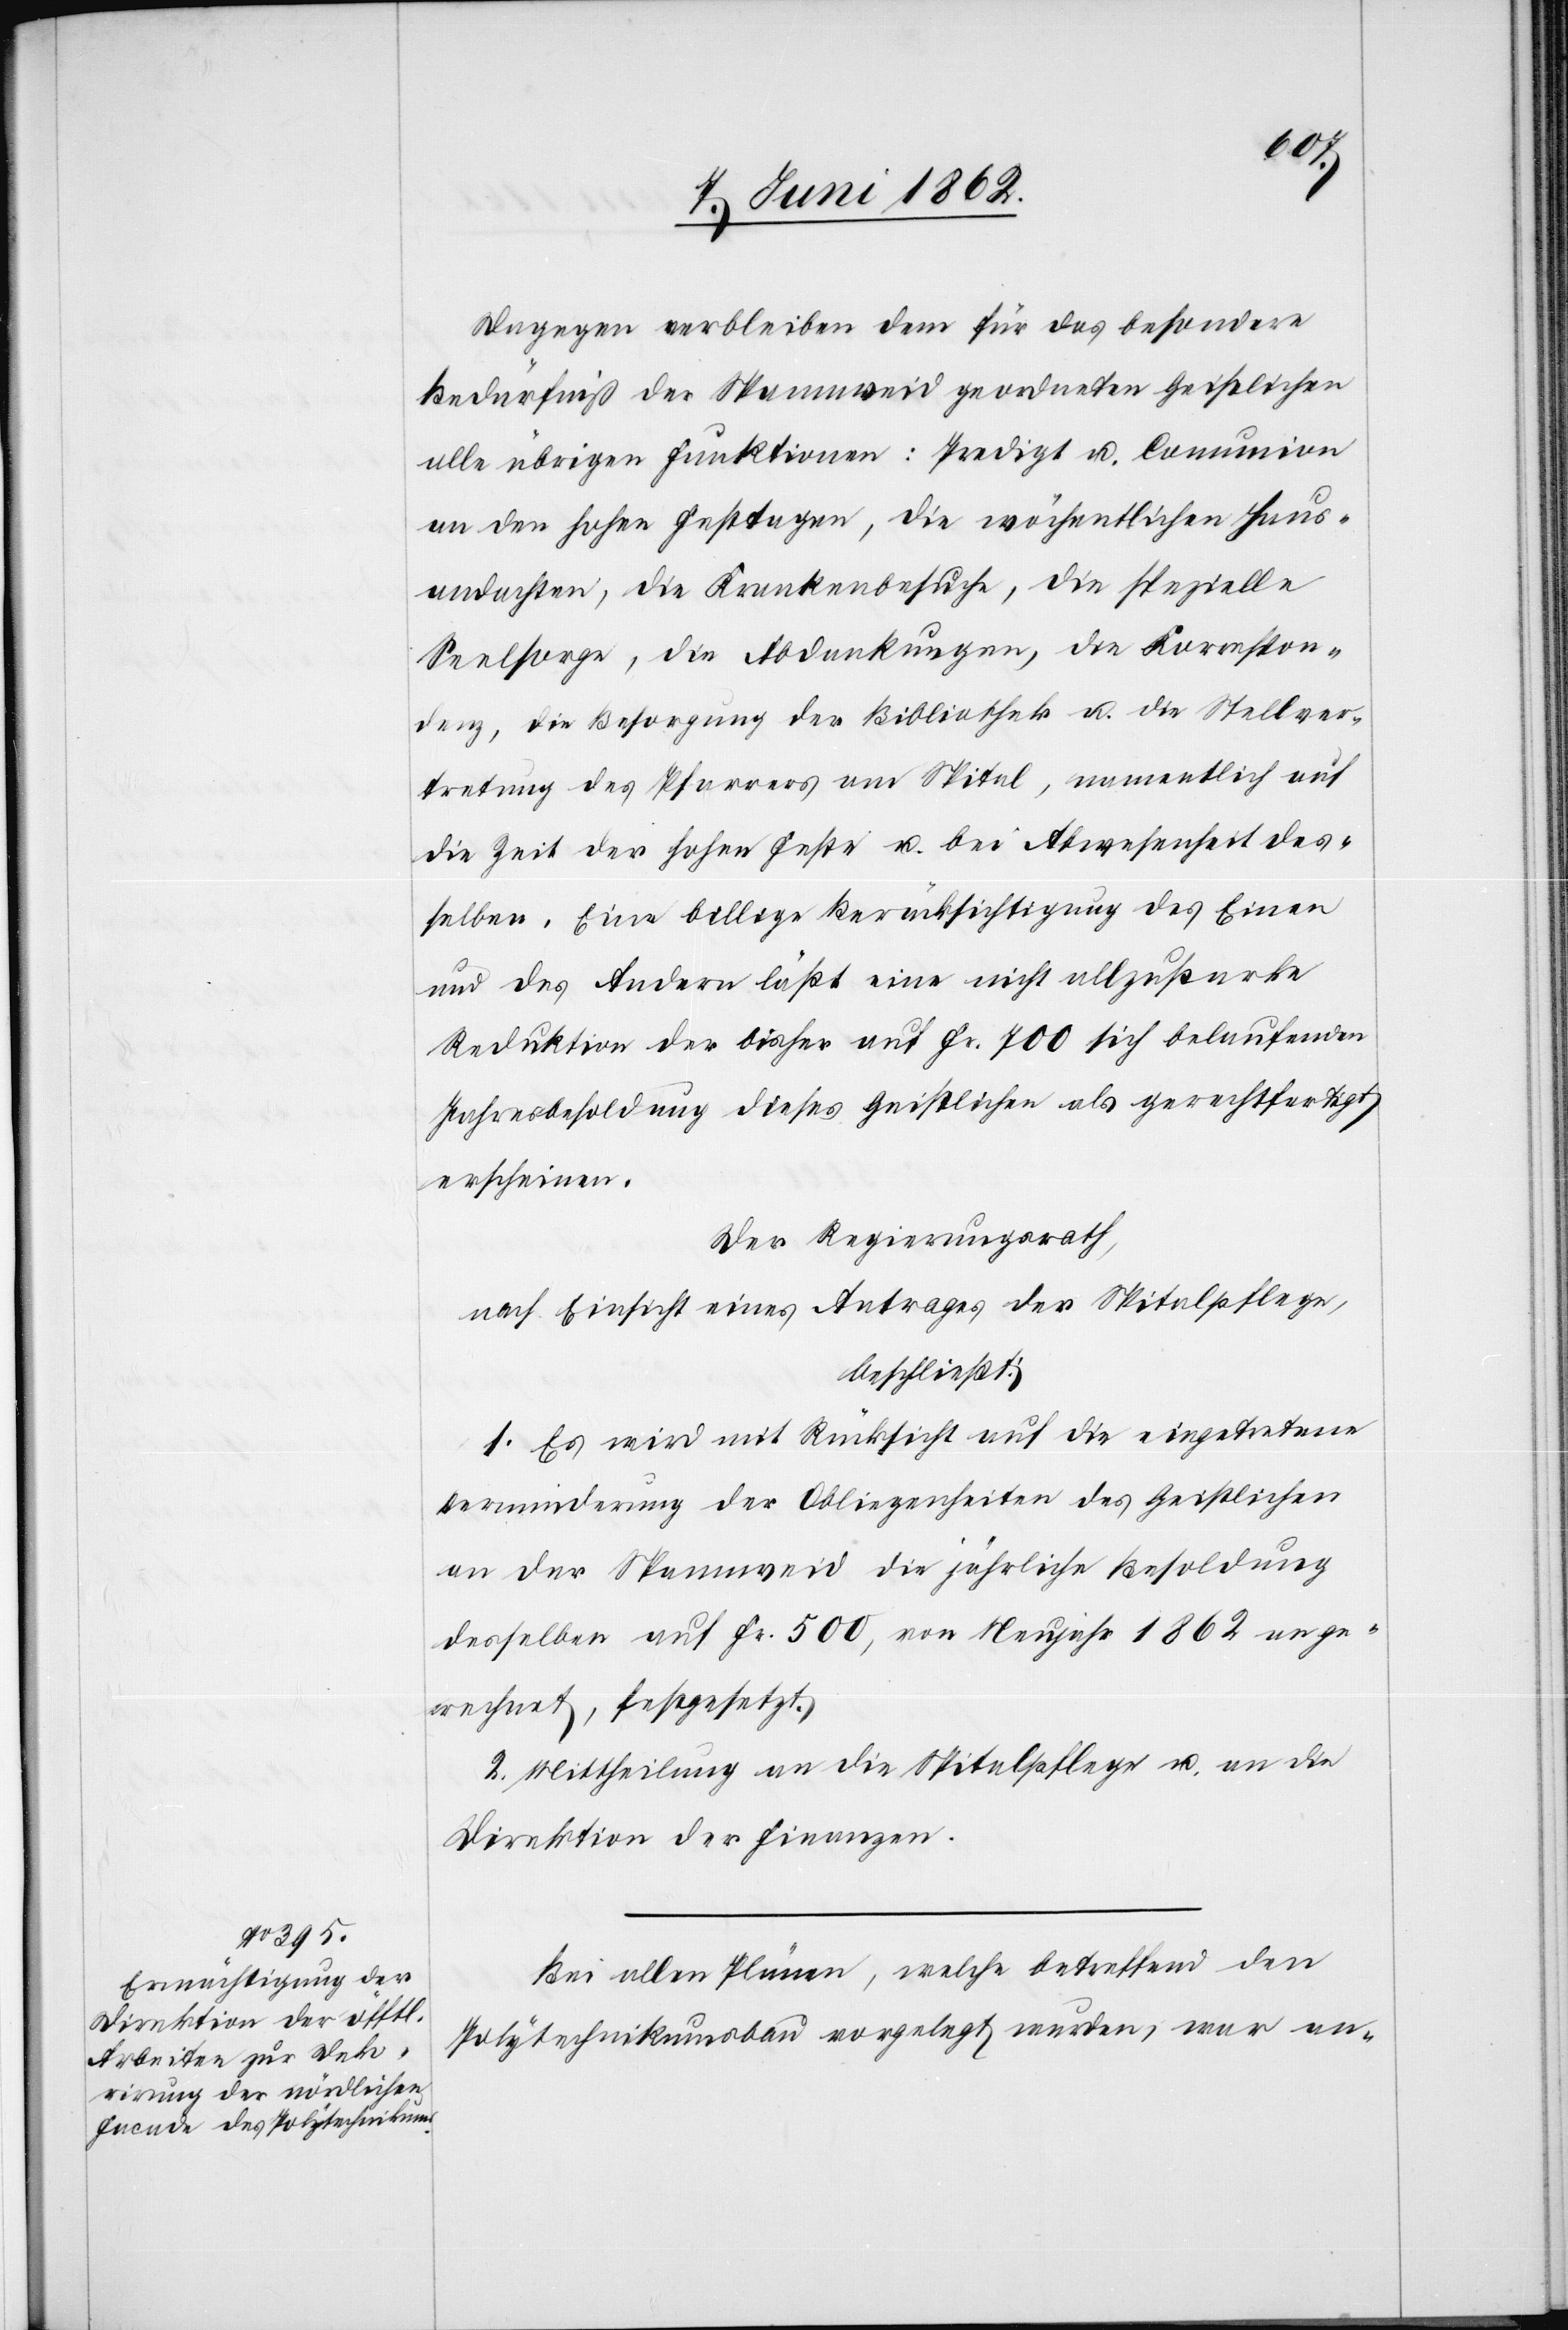
Dagegen verbleiben dem für das besondere
Bedürfniß der Spannweid geordneten Geistlichen
alle übrigen Funktionen: Predigt u. Communion
an den hohen Festtagen, die wöchentlichen Haus¬
andachten, die Krankenbesuche, die spezielle
Seelsorge, die Abdankungen, die Korrespon¬
denz, die Besorgung der Bibliothek u. die Stellver¬
tretung des Pfarrers am Spital, namentlich auf
die Zeit der hohen Feste u. bei Abwesenheit des¬
selben. Eine billige Berücksichtigung des Einen
und des Andern läßt eine nicht allzustarke
Reduktion der bisher auf Fr. 700 sich belaufenden
Jahresbesoldung dieses Geistlichen als gerechtfertigt
erscheinen.
Der Regierungsrath,
nach Einsicht eines Antrages der Spitalpflege,
beschließt:
1. Es wird mit Rücksicht auf die eingetretene
Verminderung der Obliegenheiten des Geistlichen
an der Spannweid die jährliche Besoldung
desselben auf Fr. 500, von Neujahr 1862 ange¬
rechnet, festgesetzt.
2. Mittheilung an die Spitalpflege u. an die
Direktion der Finanzen.
Bei allen Plänen, welche betreffend den
Polytechnikumsbau vorgelegt wurden, war an-